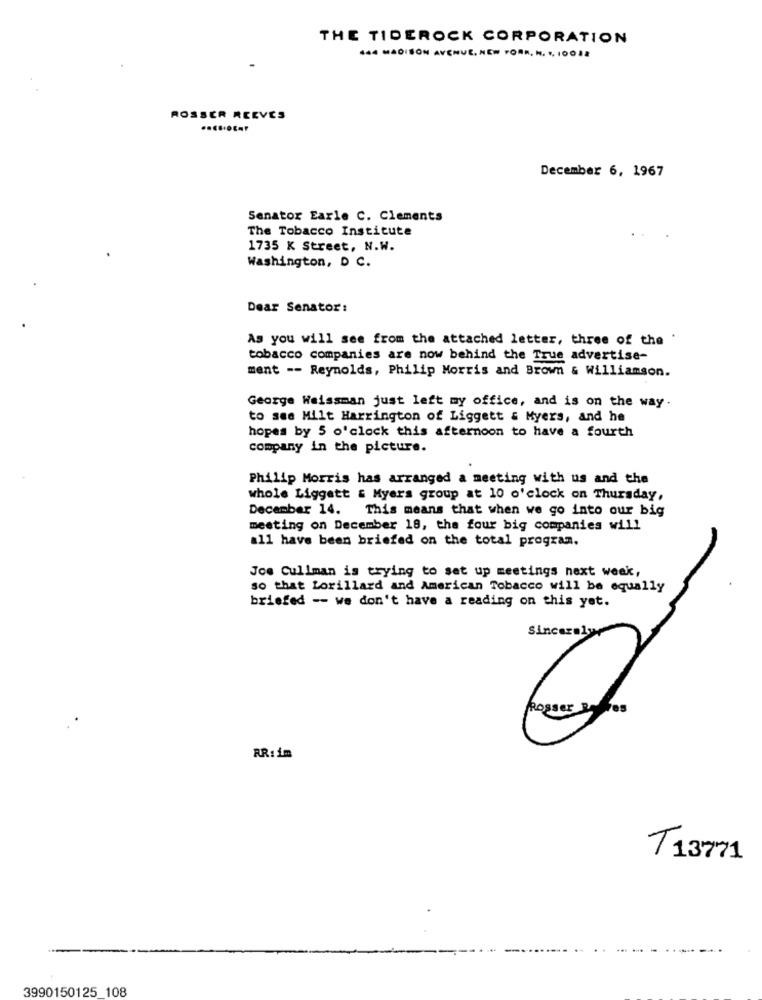
THE TIDEROCK CORPORATION
444 MADISON AVENUE, NEW PORR. N. 1, 10012
ROSSER REEVES
December 6, 1967
Senator Earle C. Clements
The Tobacco Institute
1735 K Street, N.W.
Washington, D C.
Dear Senator:
As you will see from the attached letter, three of the '
tobacco companies are now behind the True advertise-
ment -- Reynolds, Philip Morris and Brown & Williamson.
George Weissman just left my office, and is on the way.
to see Milt Harrington of Liggett & Myers, and he
hopes by 5 o'clock this afternoon to have a fourth
company in the picture.
Philip Morris has arranged a meeting with us and the
whole Liggett & Myers group at 10 o'clock on Thursday,
December 14. This means that when we go into our big
meeting on December 18, the four big companies will
all have been briefed on the total program.
Joe Cullman is trying to set up meetings next week,
so that Lorillard and American Tobacco will be equally
briefed -- we don't have a reading on this yet.
RR: İm
T13771
3990150125 108